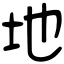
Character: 地